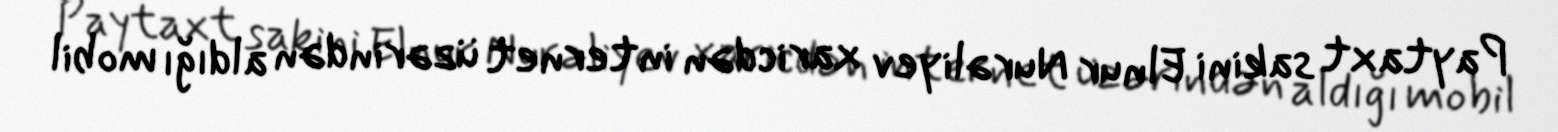
Paytaxt sakini Elnur Nurəliyev xaricdən internet üzərindən aldığı mobil